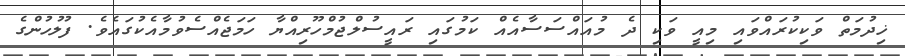
ޚިދުމަތް ވަކިކުރައްވައި މިއީ ވަކި ދެ މުއައްސަސާއެއް ކަމުގައި ރައީސުލްޖުމްހޫރިއްޔާ ހަމަޖެއްސެވުމާއެކުގައެވެ. ފުލުހުންގެ